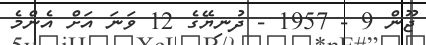
ޖޫން 9 - 1957 - ދުނިޔޭގެ 12 ވަަނަ އަށް އެންމެ